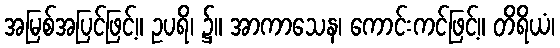
အမြစ်အပြင်ဖြင့်။ ဥပရိ၊ ၌။ အာကာသေန၊ ကောင်းကင်ဖြင့်။ တိရိယံ၊